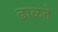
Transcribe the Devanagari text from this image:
ढाळते